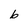
Character: b